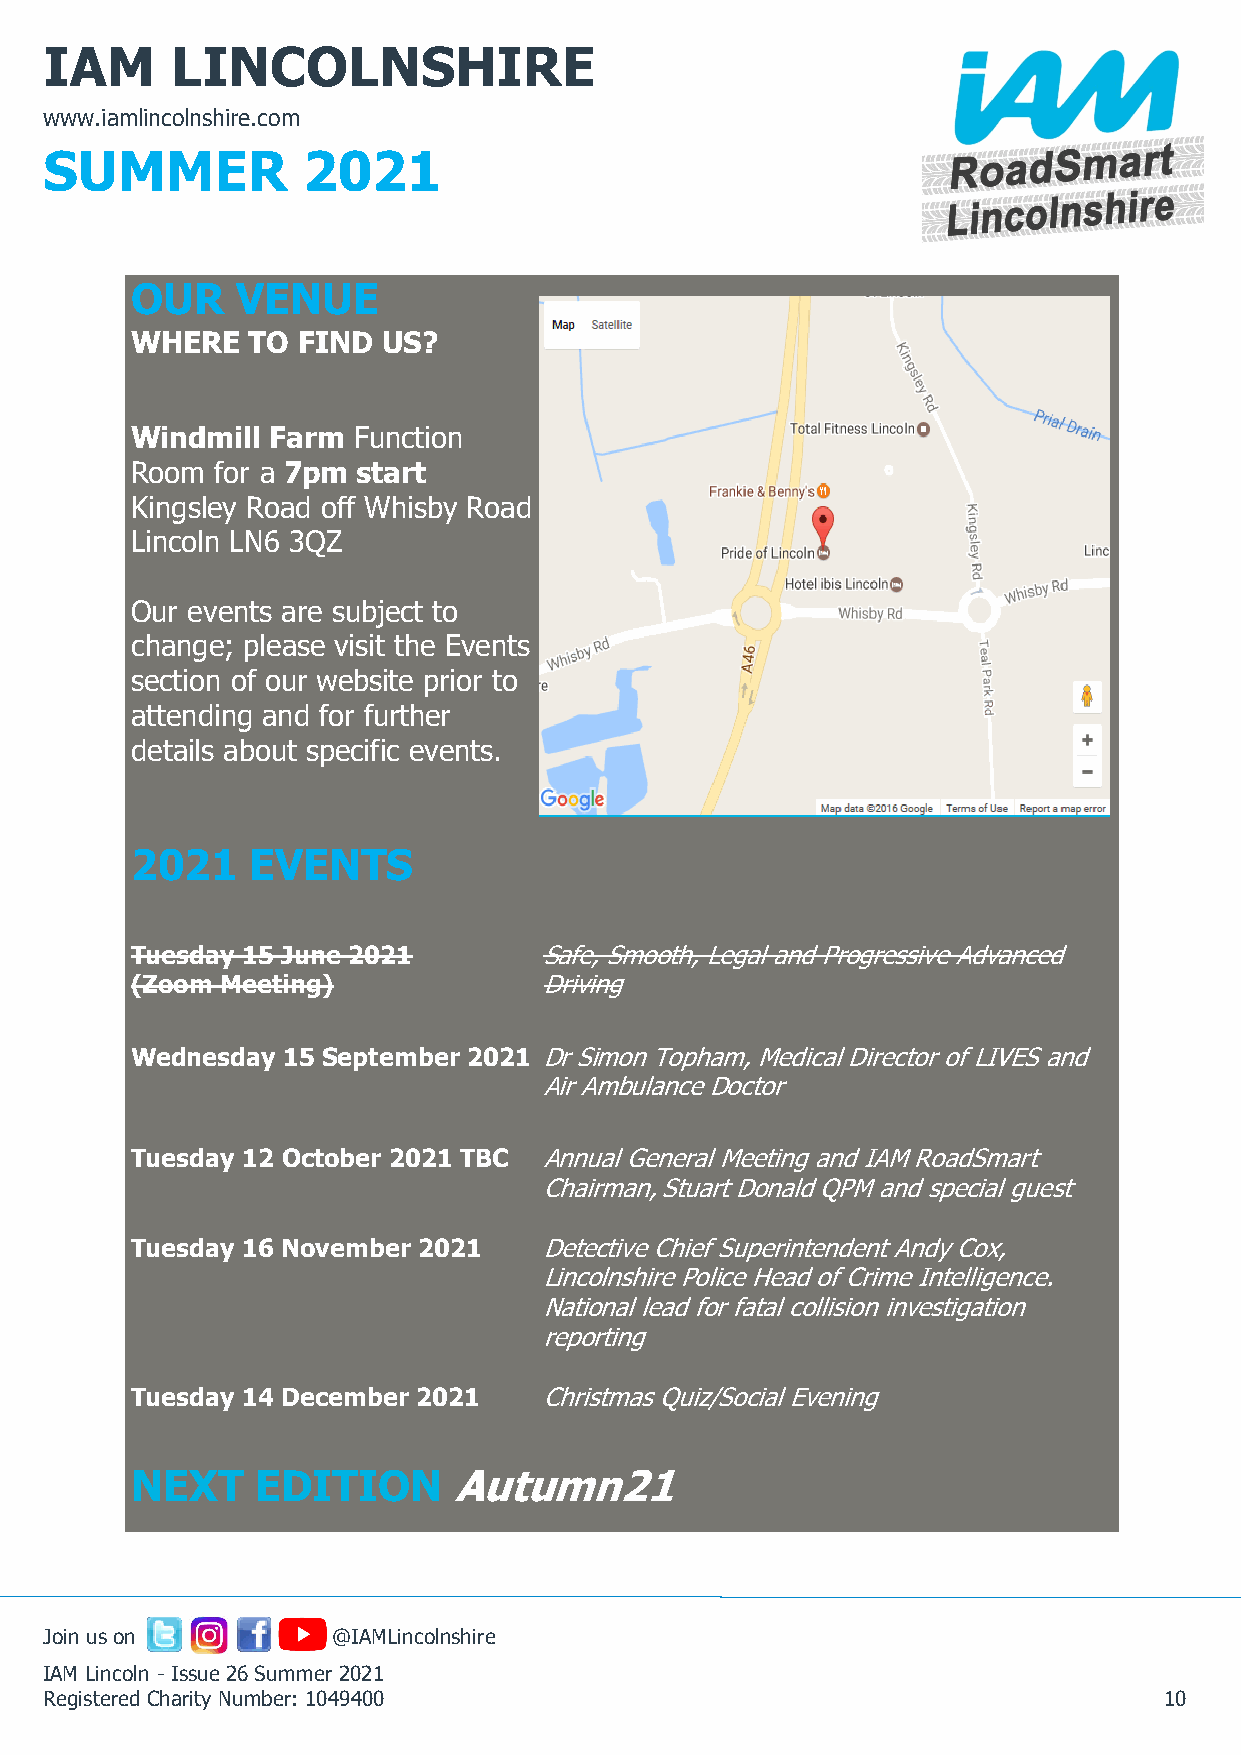
IAM     LINCOLNSHIRE
 www.iamlincolnshire.com
 SUMMER           2021
 OUR    VENUE
 WHERE  TO  FIND US?
 Windmill Farm Function
 Room for a 7pm start
 Kingsley Road off Whisby Road
 Lincoln LN6 3QZ
 Our events are subject to
 change; please visit the Events
 section of our website prior to
 attending and for further
 details about specific events.
 2021    EVENTS
 Tuesday 15 June 2021       Safe, Smooth, Legal and Progressive Advanced
 (Zoom Meeting)             Driving
 Wednesday 15 September 2021 Dr Simon Topham, Medical Director of LIVES and
 Air Ambulance Doctor
 Tuesday 12 October 2021 TBC Annual General Meeting and IAM RoadSmart
 Chairman, Stuart Donald QPM and special guest
 Tuesday 16 November 2021   Detective Chief Superintendent Andy Cox,
 Lincolnshire Police Head of Crime Intelligence.
 National lead for fatal collision investigation
 reporting
 Tuesday 14 December 2021   Christmas Quiz/Social Evening
 NEXT    EDITION      Autumn21
 Join us on         @IAMLincolnshire
 IAM Lincoln - Issue 26 Summer 2021
 Registered Charity Number: 1049400                                        10